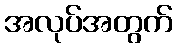
အလုပ်အတွက်